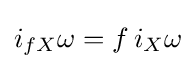
i_{fX}\omega =f\,i_{X}\omega